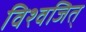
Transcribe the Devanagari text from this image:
विश्वजित्‌